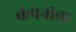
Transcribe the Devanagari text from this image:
कंपनांचा